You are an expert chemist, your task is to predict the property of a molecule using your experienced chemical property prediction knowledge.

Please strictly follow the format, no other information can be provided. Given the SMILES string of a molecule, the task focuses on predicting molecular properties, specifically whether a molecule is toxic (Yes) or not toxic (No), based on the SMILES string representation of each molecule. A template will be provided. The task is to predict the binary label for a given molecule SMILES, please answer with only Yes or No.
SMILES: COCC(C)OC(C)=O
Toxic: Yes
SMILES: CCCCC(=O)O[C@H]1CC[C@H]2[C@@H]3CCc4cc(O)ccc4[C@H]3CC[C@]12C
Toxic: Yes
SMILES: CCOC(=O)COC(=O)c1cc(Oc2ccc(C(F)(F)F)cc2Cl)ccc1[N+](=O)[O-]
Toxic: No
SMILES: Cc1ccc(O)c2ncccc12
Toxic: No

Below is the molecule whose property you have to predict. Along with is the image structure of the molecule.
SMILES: CCCC[N+]1(C)CCCCC1.O=S(=O)([O-])C(F)(F)F
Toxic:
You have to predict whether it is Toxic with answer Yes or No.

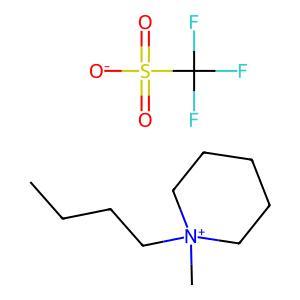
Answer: No